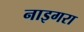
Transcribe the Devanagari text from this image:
नाइगरा